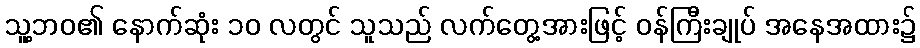
သူ့ဘဝ၏ နောက်ဆုံး ၁၀ လတွင် သူသည် လက်တွေ့အားဖြင့် ဝန်ကြီးချုပ် အနေအထား၌